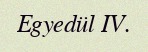
Egyedül IV.